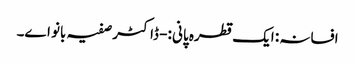
افسانہ : ایک قطرہ پانی :- ڈاکٹر صفیہ بانو اے۔